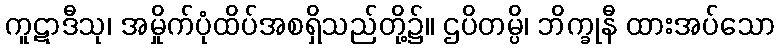
ကူဋာဒီသု၊ အမှိုက်ပုံထိပ်အစရှိသည်တို့၌။ ဌပိတမ္ပိ၊ ဘိက္ခုနီ ထားအပ်သော